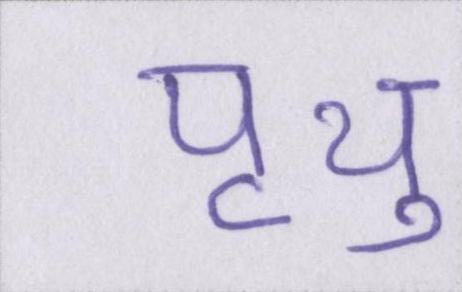
पृथु